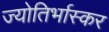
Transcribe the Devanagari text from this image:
ज्योतिर्भास्कर